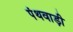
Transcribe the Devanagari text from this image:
पंथवाड़ी